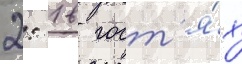
2: 1 в гост'я́х